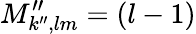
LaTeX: M_{k^{\prime\prime},lm}^{\prime\prime}=(l-1)